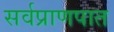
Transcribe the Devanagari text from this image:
सर्वप्राणपात